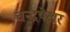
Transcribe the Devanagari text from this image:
चन्द्रषेखर